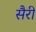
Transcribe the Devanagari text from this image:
सैरी